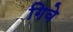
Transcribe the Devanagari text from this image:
गिवे